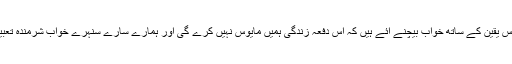
اب کے ہم اس یقین کے ساتھ خواب بیچنے آئے ہیں کہ اس دفعہ زندگی ہمیں مایوس نہیں کرے گی اور ہمارے سارے سنہرے خواب شرمندہ تعبیر ہوں گے۔